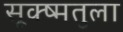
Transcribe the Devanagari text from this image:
सूक्ष्मतुला